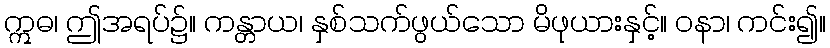
ဣဓ၊ ဤအရပ်၌။ ကန္တာယ၊ နှစ်သက်ဖွယ်သော မိဖုယားနှင့်။ ဝနာ၊ ကင်း၍။